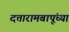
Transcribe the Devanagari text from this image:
दत्तारामबापूंच्या